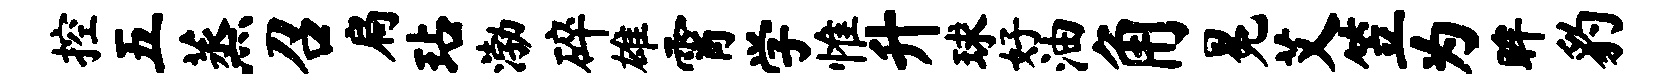
控五蒸召扃玷渤碎雄霄学惟升球好油角冕艾笠为眸豹